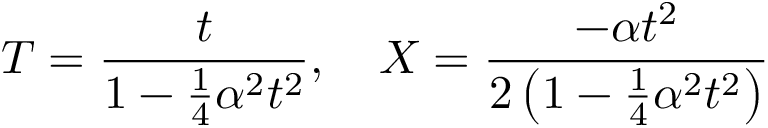
T = { \frac { t } { 1 - { \frac { 1 } { 4 } } \alpha { } ^ { 2 } t ^ { 2 } } } , \quad X = { \frac { - \alpha t ^ { 2 } } { 2 \left( 1 - { \frac { 1 } { 4 } } \alpha { } ^ { 2 } t ^ { 2 } \right) } }